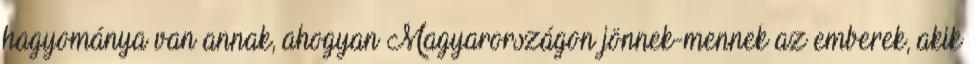
hagyománya van annak, ahogyan Magyarországon jönnek-mennek az emberek, akik